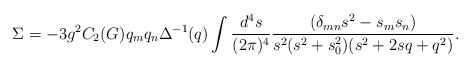
LaTeX: \begin{align*}\Sigma = -3g^2 C_2(G) q_m q_n \Delta^{-1}(q) \int \frac{d^4s}{(2\pi)^4}\frac{(\delta_{mn} s^2 -s_m s_n)}{s^2(s^2+s_0^2)(s^2+2sq+q^2)}.\end{align*}